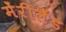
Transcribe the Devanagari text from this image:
मेंरीलैंड